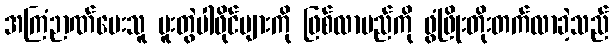
အကြံဉာဏ်ပေးသူ ပူးတွဲပါဖိုင်များကို ဖြစ်လာမည်ကို ဖွံဖြိုးတိုးတက်လာခဲ့သည်